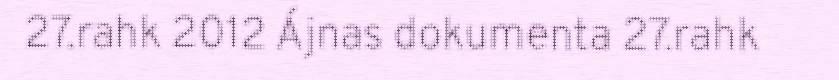
27.rahk 2012 Ájnas dokumenta 27.rahk